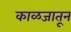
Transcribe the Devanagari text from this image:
काळजातून